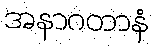
အနာဂတာနံ